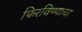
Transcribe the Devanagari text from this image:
फिरविण्याचा